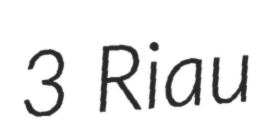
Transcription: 3 Riau